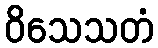
ဝိသေသတံ